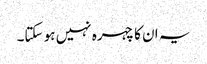
یہ ان کا چہرہ نہیں ہو سکتا۔